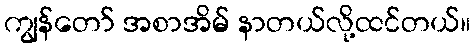
ကျွန်တော် အစာအိမ် နာတယ်လို့ထင်တယ်။